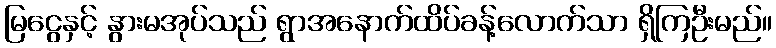
မြငွေနှင့် နွားမအုပ်သည် ရွာအနောက်ထိပ်ခန့်လောက်သာ ရှိကြဦးမည်။